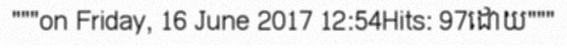
"""on Friday, 16 June 2017 12:54Hits: 97ដោយ"""